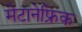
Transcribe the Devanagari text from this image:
मेटानेफ्रिक